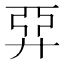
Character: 𢍐